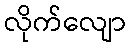
လိုက်လျော